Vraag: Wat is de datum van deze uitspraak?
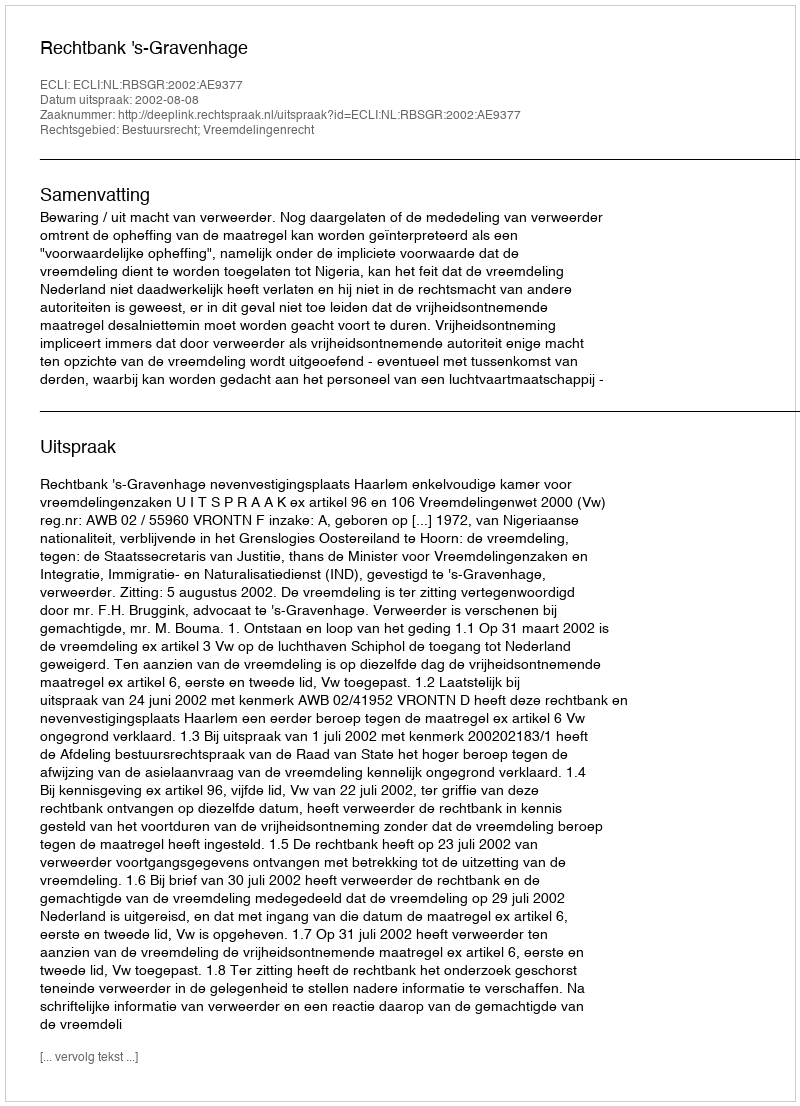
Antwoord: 2002-08-08